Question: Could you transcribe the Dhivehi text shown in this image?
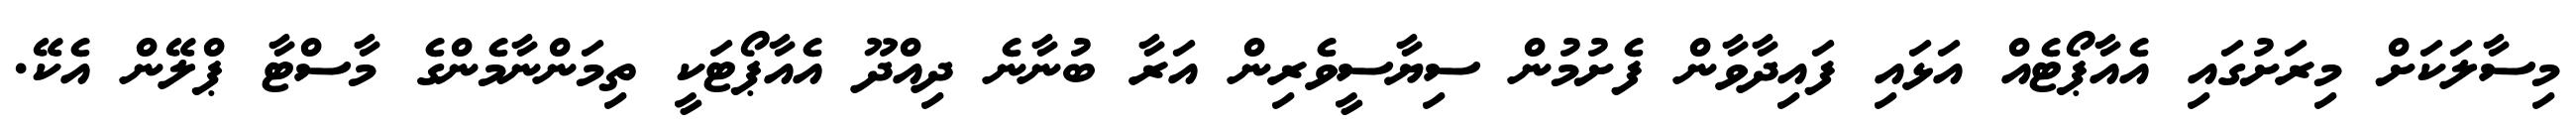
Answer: މިސާލަކަށް މިރަށުގައި އެއާޕޯޓެއް އަޅައި ފައިދާވާން ފެށުމުން ސިޔާސީވެރިން އަރާ ބުނާނެ ދިއްދޫ އެއާޕޯޓަކީ ތިމަންނާމެންގެ މާސްޓާ ޕްލޭން އެކޭ.